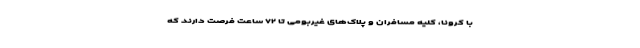
با کرونا، کلیه مسافران و پلاک‌های غیربومی تا ۷۲ ساعت فرصت دارند که